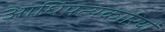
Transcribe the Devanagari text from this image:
आधिपत्यकारियों